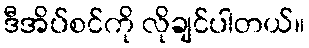
ဒီအိပ်စင်ကို လိုချင်ပါတယ်။